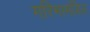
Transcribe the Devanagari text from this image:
गरिमामंडित